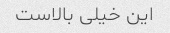
این خیلی بالاست